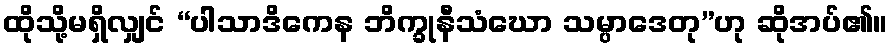
ထိုသို့မရှိလျှင် “ပါသာဒိကေန ဘိက္ခုနီသံဃော သမ္ပာဒေတု”ဟု ဆိုအပ်၏။